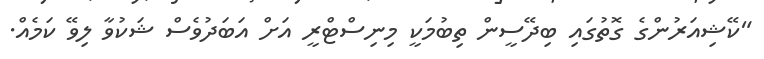
"ކޭޝިއަރުންގެ ގޮތުގައި ބިދޭސީން ތިބުމަކީ މިނިސްޓްރީ އަށް އަބަދުވެސް ޝަކުވާ ލިވޭ ކަމެއް.